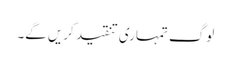
لوگ تمہاری تنقید کریں گے۔